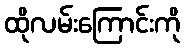
ထိုလမ်းကြောင်းကို